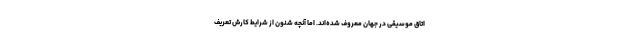
اتاق موسیقی در جهان معروف شده‌اند. اما آنچه شنون از شرایط کارش تعریف